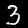
Label: 3